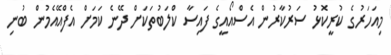
މިއަހަރުގެ ކުރީކޮޅު ސަރުކާރުން އެސްއޯއީގެ ފައިސާ ކްލަބުތަކަށް ދޭނެ ކަމަށް އެފްއޭއެމުން ބުނި